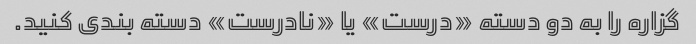
گزاره را به دو دسته «درست» یا «نادرست» دسته بندی کنید.